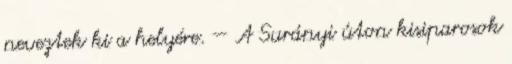
neveztek ki a helyére. — A Surányi úton kisiparosok